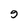
Character: 9